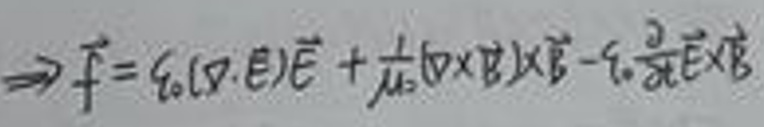
\[\Rightarrow \vec { f } = q _ { 0 } ( \vec { v } \cdot \vec { E } ) \vec { E } + \frac { 1 } { \mu _ { 0 } } ( \vec { v } \times \vec { B } ) \times \vec { B } - \frac { q _ { 0 } } { 2 \varepsilon _ { 0 } } \vec { E } \times \vec { B }\]